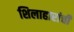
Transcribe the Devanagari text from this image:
शिलाहारांची